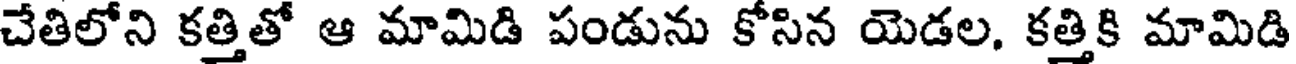
చేతిలోని కత్తితో ఆ మామిడి పండును కోసిన యెడల, కత్తికి మామిడి